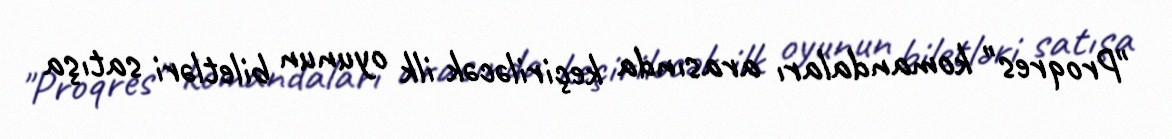
"Proqres" komandaları arasında keçiriləcək ilk oyunun biletləri satışa